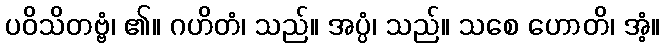
ပဝိသိတဗ္ဗံ၊ ၏။ ဂဟိတံ၊ သည်။ အပ္ပံ၊ သည်။ သစေ ဟောတိ၊ အံ့။